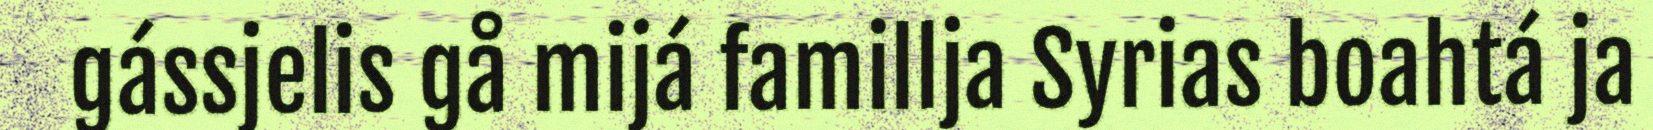
gássjelis gå mijá famillja Syrias boahtá ja